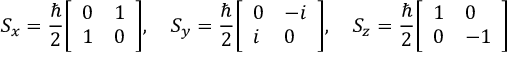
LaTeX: S _ { x } = { \frac { \hbar } { 2 } } { \left[ \begin{array} { l l } { 0 } & { 1 } \\ { 1 } & { 0 } \end{array} \right] } , \quad S _ { y } = { \frac { \hbar } { 2 } } { \left[ \begin{array} { l l } { 0 } & { - i } \\ { i } & { 0 } \end{array} \right] } , \quad S _ { z } = { \frac { \hbar } { 2 } } { \left[ \begin{array} { l l } { 1 } & { 0 } \\ { 0 } & { - 1 } \end{array} \right] }